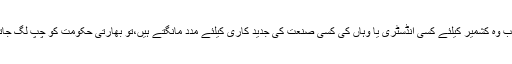
مگر جب وہ کشمیر کیلئے کسی انڈسٹری یا وہاں کی کسی صنعت کی جدید کاری کیلئے مدد مانگتے ہیں،تو بھارتی حکومت کو چپ لگ جاتی ہے۔